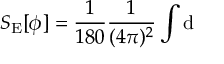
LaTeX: S _ { \mathrm { E } } [ \phi ] = \frac { 1 } { 1 8 0 } \frac { 1 } { ( 4 \pi ) ^ { 2 } } \int \mathrm { d }